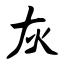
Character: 灰